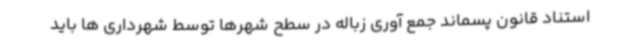
استناد قانون پسماند جمع آوری زباله در سطح شهرها توسط شهرداری ها باید